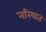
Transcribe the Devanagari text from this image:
नरियात